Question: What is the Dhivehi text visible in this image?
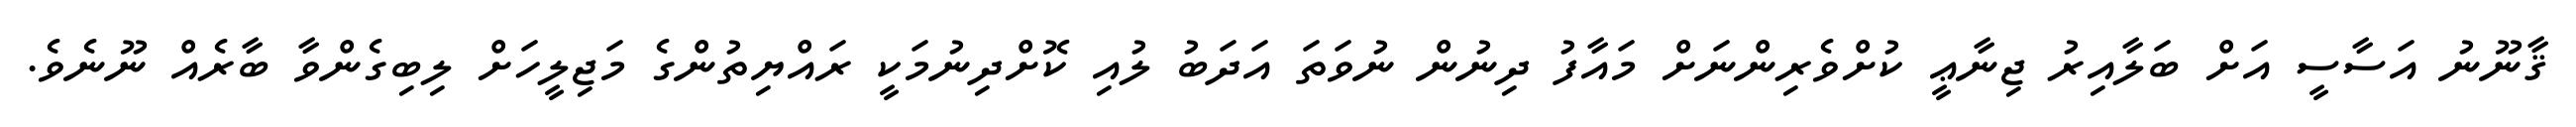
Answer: ޤާނޫނު އަސާސީ އަށް ބަލާއިރު ޖިނާޢީ ކުށްވެރިންނަށް މައާފު ދިނުން ނުވަތަ އަދަބު ލުއި ކޮށްދިނުމަކީ ރައްޔިތުންގެ މަޖިލީހަށް ލިބިގެންވާ ބާރެއް ނޫނެވެ.